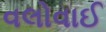
વલોવાઈ